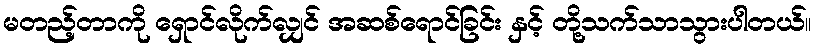
မတည့်တာကို ရှောင်လိုက်လျှင် အဆစ်ရောင်ခြင်း နှင့် တို့သက်သာသွားပါတယ်။